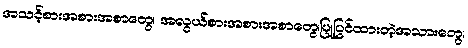
အသင့်စားအစားအစာတွေ၊ အလွယ်စားအစားအစာတွေ၊ပြုပြင်ထားတဲ့အသားတွေ၊